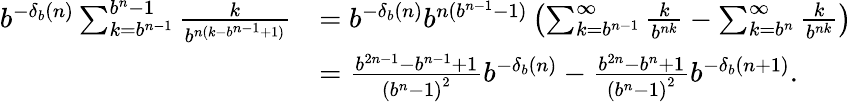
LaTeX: {\begin{array}{rl}{b^{-\delta_{b}(n)}\sum_{k=b^{n-1}}^{b^{n}-1}{\frac{k}{b^{n(k-b^{n-1}+1)}}}}&{=b^{-\delta_{b}(n)}b^{n(b^{n-1}-1)}\left(\sum_{k=b^{n-1}}^{\infty}{\frac{k}{b^{nk}}}-\sum_{k=b^{n}}^{\infty}{\frac{k}{b^{nk}}}\right)}\\ &{={\frac{b^{2n-1}-b^{n-1}+1}{\left(b^{n}-1\right)^{2}}}b^{-\delta_{b}(n)}-{\frac{b^{2n}-b^{n}+1}{\left(b^{n}-1\right)^{2}}}b^{-\delta_{b}(n+1)}.}\end{array}}